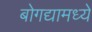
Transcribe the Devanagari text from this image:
बोगद्यामध्ये